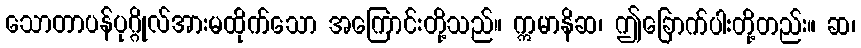
သောတာပန်ပုဂ္ဂိုလ်အားမထိုက်သော အကြောင်းတို့သည်။ ဣမာနိဆ၊ ဤခြောက်ပါးတို့တည်း။ ဆ၊